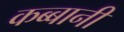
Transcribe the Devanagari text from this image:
कब्बानी